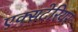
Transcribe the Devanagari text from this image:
एक्सटेरियर